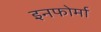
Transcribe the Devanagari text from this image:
इनफोर्मा